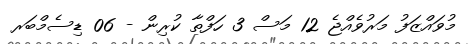
މުވައްޒަފު މަރުވެއްޖެ 12 މަސް 3 ހަފްތާ ކުރިން - 06 ޑިސެމްބަރ